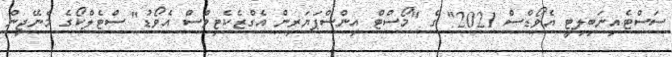
ސަސްޓެއިނަބިލިޓީ އެވޯޑްސް 2021" ގެ "މޯސްޓް އިންސްޕަޔަރިން އެގްޒެކެޓިވްސް އެވޯޑު" ސްޓެލްކޯގެ މެނޭޖިން